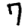
Digit: 7